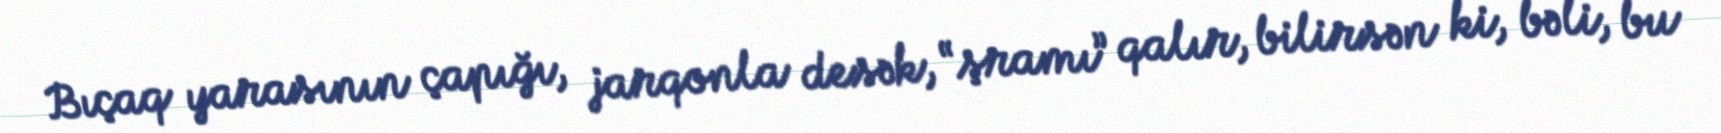
Bıçaq yarasının çapığı, jarqonla desək, “şramı” qalır, bilirsən ki, bəli, bu